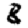
Digit: 8